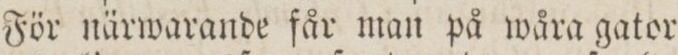
För närwarande får man på wåra gator